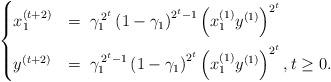
LaTeX: \begin{align*}\begin{cases}x_{1}^{\left(t+2\right)} & =\;\gamma_{1}^{\,2^{t}}\left(1-\gamma_{1}\right)^{2^{t}-1}\left(x_{1}^{\left(1\right)}y^{\left(1\right)}\right)^{2^{t}}\medskip\\y^{\left(t+2\right)} & =\;\gamma_{1}^{\,2^{t}-1}\left(1-\gamma_{1}\right)^{2^{t}}\left(x_{1}^{\left(1\right)}y^{\left(1\right)}\right)^{2^{t}},t\geq0.\end{cases}\end{align*}